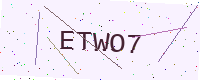
Text: ETWO7